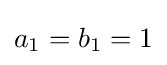
a_{1}=b_{1}=1